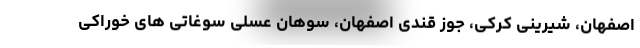
اصفهان، شیرینی کرکی، جوز قندی اصفهان، سوهان عسلی سوغاتی های خوراکی